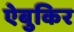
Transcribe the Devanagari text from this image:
ऐबुकिर